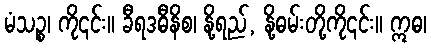
မံသဉ္စ၊ ကို၎င်း။ ခီရဒဓီနိစ၊ နို့ရည်, နို့ဓမ်းတို့ကို၎င်း။ ဣဓ၊